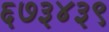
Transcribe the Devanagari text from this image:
६७३४३९